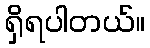
ရှိရပါတယ်။